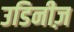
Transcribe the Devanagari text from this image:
उडिनीज़